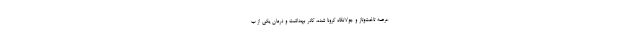
عرصه تاخت‌وتاز و جولانگاه کرونا شده، کادر بهداشت و درمان یکی از ب